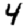
Digit: 4